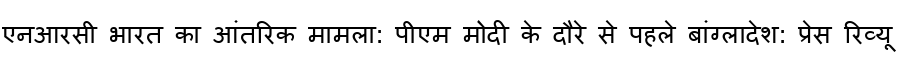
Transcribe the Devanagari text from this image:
एनआरसी भारत का आंतरिक मामला: पीएम मोदी के दौरे से पहले बांग्लादेश: प्रेस रिव्यू